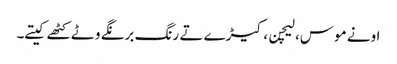
اونے موس، لیچن، کیڑے تے رنگ برنگے وٹے کٹھے کیتے۔